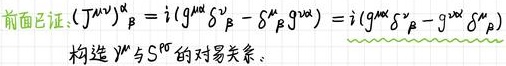
前面已证: $(J^{\mu\nu})^{\alpha}_{\beta}=i(g^{\mu\alpha}\delta^{\nu}_{\beta}-\delta^{\mu}_{\beta}g^{\nu\alpha})=i(g^{\mu\alpha}\delta^{\nu}_{\beta}-g^{\nu\alpha}\delta^{\mu}_{\beta})$
构造 $\psi^{\mu}$ 与 $S^{\rho\sigma}$ 的对易关系。